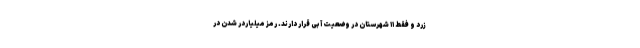
زرد و فقط ۱۱ شهرستان در وضعیت آبی قرار دارند. رمز میلیاردر شدن در